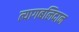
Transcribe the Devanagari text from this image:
त्यागबलिदान